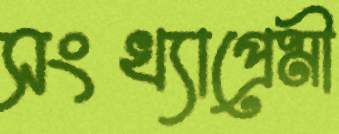
সংখ্যাপ্রেমী